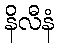
နိလီနံ